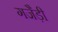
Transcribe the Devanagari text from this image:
गजैड़ी